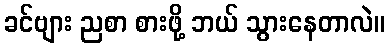
ခင်ဗျား ညစာ စားဖို့ ဘယ် သွားနေတာလဲ။